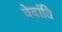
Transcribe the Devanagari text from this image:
वेदांति